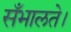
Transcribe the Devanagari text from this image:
सँभालते।